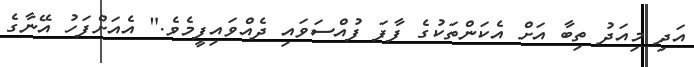
އަދި މިއަދު ތިބާ އަށް އެކަންތަކުގެ ފާފަ ފުއްސަވައި ދެއްވައިފީމެވެ." އެއަށްފަހު އޭނާގެ